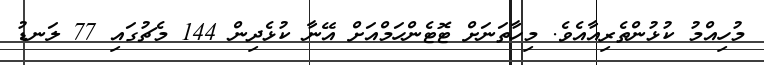
މުހިއްމު ކުޅުންތެރިއާއެވެ. މިހާތަނަށް ޓޮޓެންހަމްއަށް އޭނާ ކުޅެދިން 144 މެޗުގައި 77 ލަނޑު